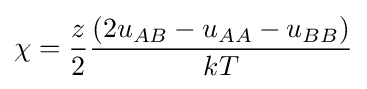
\chi ={\frac {z}{2}}{\frac {(2u_{AB}-u_{AA}-u_{BB})}{kT}}